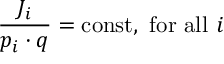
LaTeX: \frac { J _ { i } } { p _ { i } \cdot q } = \mathrm { c o n s t , ~ f o r ~ a l l } ~ i